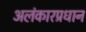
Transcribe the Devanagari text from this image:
अलंकारप्रधान